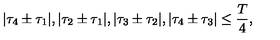
| { \tau } _ { 4 } \pm { \tau } _ { 1 } | , | { \tau } _ { 2 } \pm { \tau } _ { 1 } | , | { \tau } _ { 3 } \pm { \tau } _ { 2 } | , | { \tau } _ { 4 } \pm { \tau } _ { 3 } | \leq \frac { T } { 4 } ,